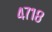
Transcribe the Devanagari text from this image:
४७१८